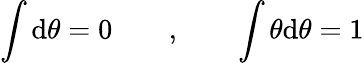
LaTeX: \int\mathrm{d}\theta=0\qquad,\qquad\int\theta\mathrm{d}\theta=1